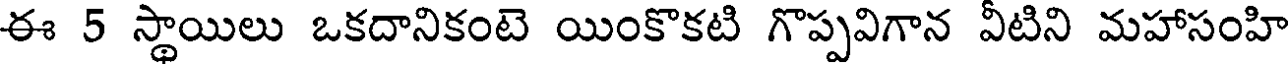
ఈ 5 స్థాయిలు ఒకదానికంటె యింకొకటి గొప్పవిగాన వీటిని మహాసంహి